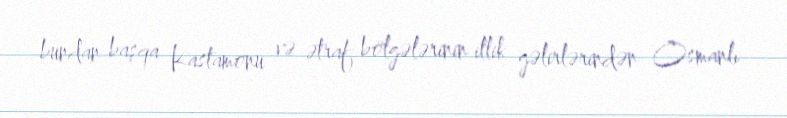
bundan başqa Kastamonu və ətraf bölgələrinin illik gəlirlərindən Osmanlı